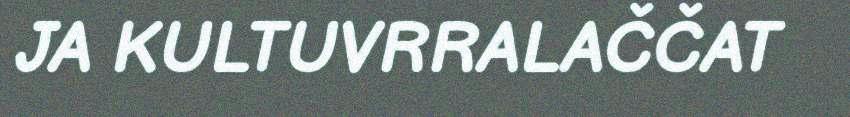
JA KULTUVRRALAČČAT